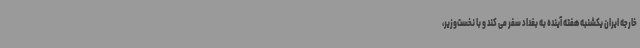
خارجه ایران یکشنبه هفته آینده به بغداد سفر می کند و با نخست‌وزیر،